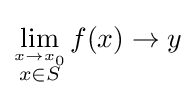
\lim _{\stackrel {x\to x_{0}}{x\in S}}f(x)\to y